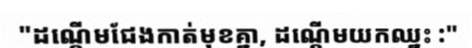
"ដណ្តើមជែងកាត់មុខគ្នា, ដណ្តើមយកឈ្នះ :"